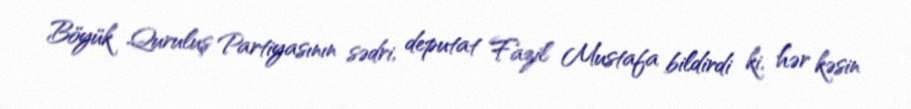
Böyük Quruluş Partiyasının sədri, deputat Fazil Mustafa bildirdi ki, hər kəsin